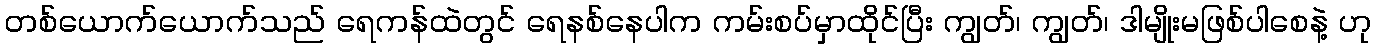
တစ်ယောက်ယောက်သည် ရေကန်ထဲတွင် ရေနစ်နေပါက ကမ်းစပ်မှာထိုင်ပြီး ကျွတ်၊ ကျွတ်၊ ဒါမျိုးမဖြစ်ပါစေနဲ့ ဟု